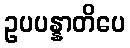
ဥပပန္နာတိပေ